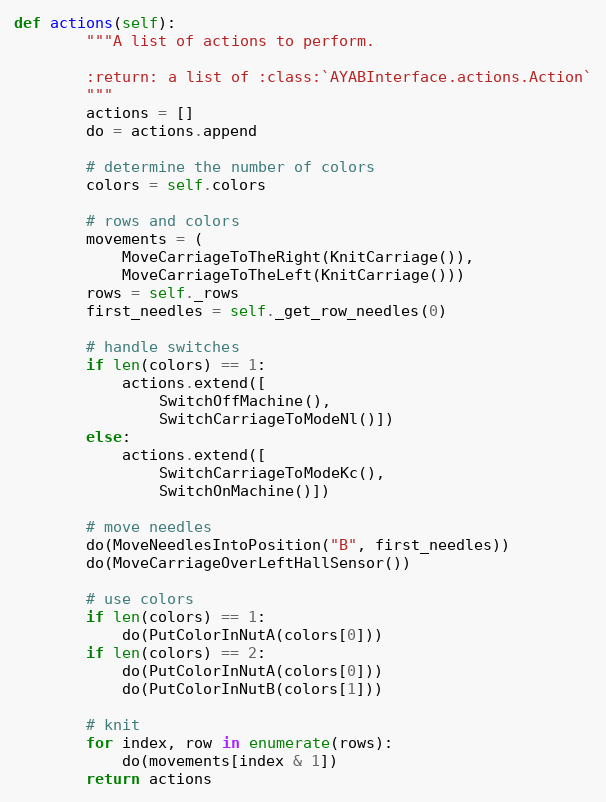
Language: Python
def actions(self):
        """A list of actions to perform.

        :return: a list of :class:`AYABInterface.actions.Action`
        """
        actions = []
        do = actions.append

        # determine the number of colors
        colors = self.colors

        # rows and colors
        movements = (
            MoveCarriageToTheRight(KnitCarriage()),
            MoveCarriageToTheLeft(KnitCarriage()))
        rows = self._rows
        first_needles = self._get_row_needles(0)

        # handle switches
        if len(colors) == 1:
            actions.extend([
                SwitchOffMachine(),
                SwitchCarriageToModeNl()])
        else:
            actions.extend([
                SwitchCarriageToModeKc(),
                SwitchOnMachine()])

        # move needles
        do(MoveNeedlesIntoPosition("B", first_needles))
        do(MoveCarriageOverLeftHallSensor())

        # use colors
        if len(colors) == 1:
            do(PutColorInNutA(colors[0]))
        if len(colors) == 2:
            do(PutColorInNutA(colors[0]))
            do(PutColorInNutB(colors[1]))

        # knit
        for index, row in enumerate(rows):
            do(movements[index & 1])
        return actions